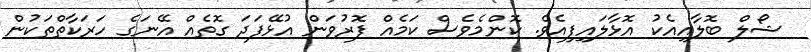
ޝޯލް ބޮލާއިއެކު އޮޅާލައިފިއެވެ. ކޮންމެވެސް ކަމެއް ފޮރުވަން އުޅޭފަދަ ގޮތެއް އޭނަގެ ހަރަކާތްތަކުން